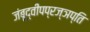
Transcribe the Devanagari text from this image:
जंबूद्वीपप्रज्ञप्ति